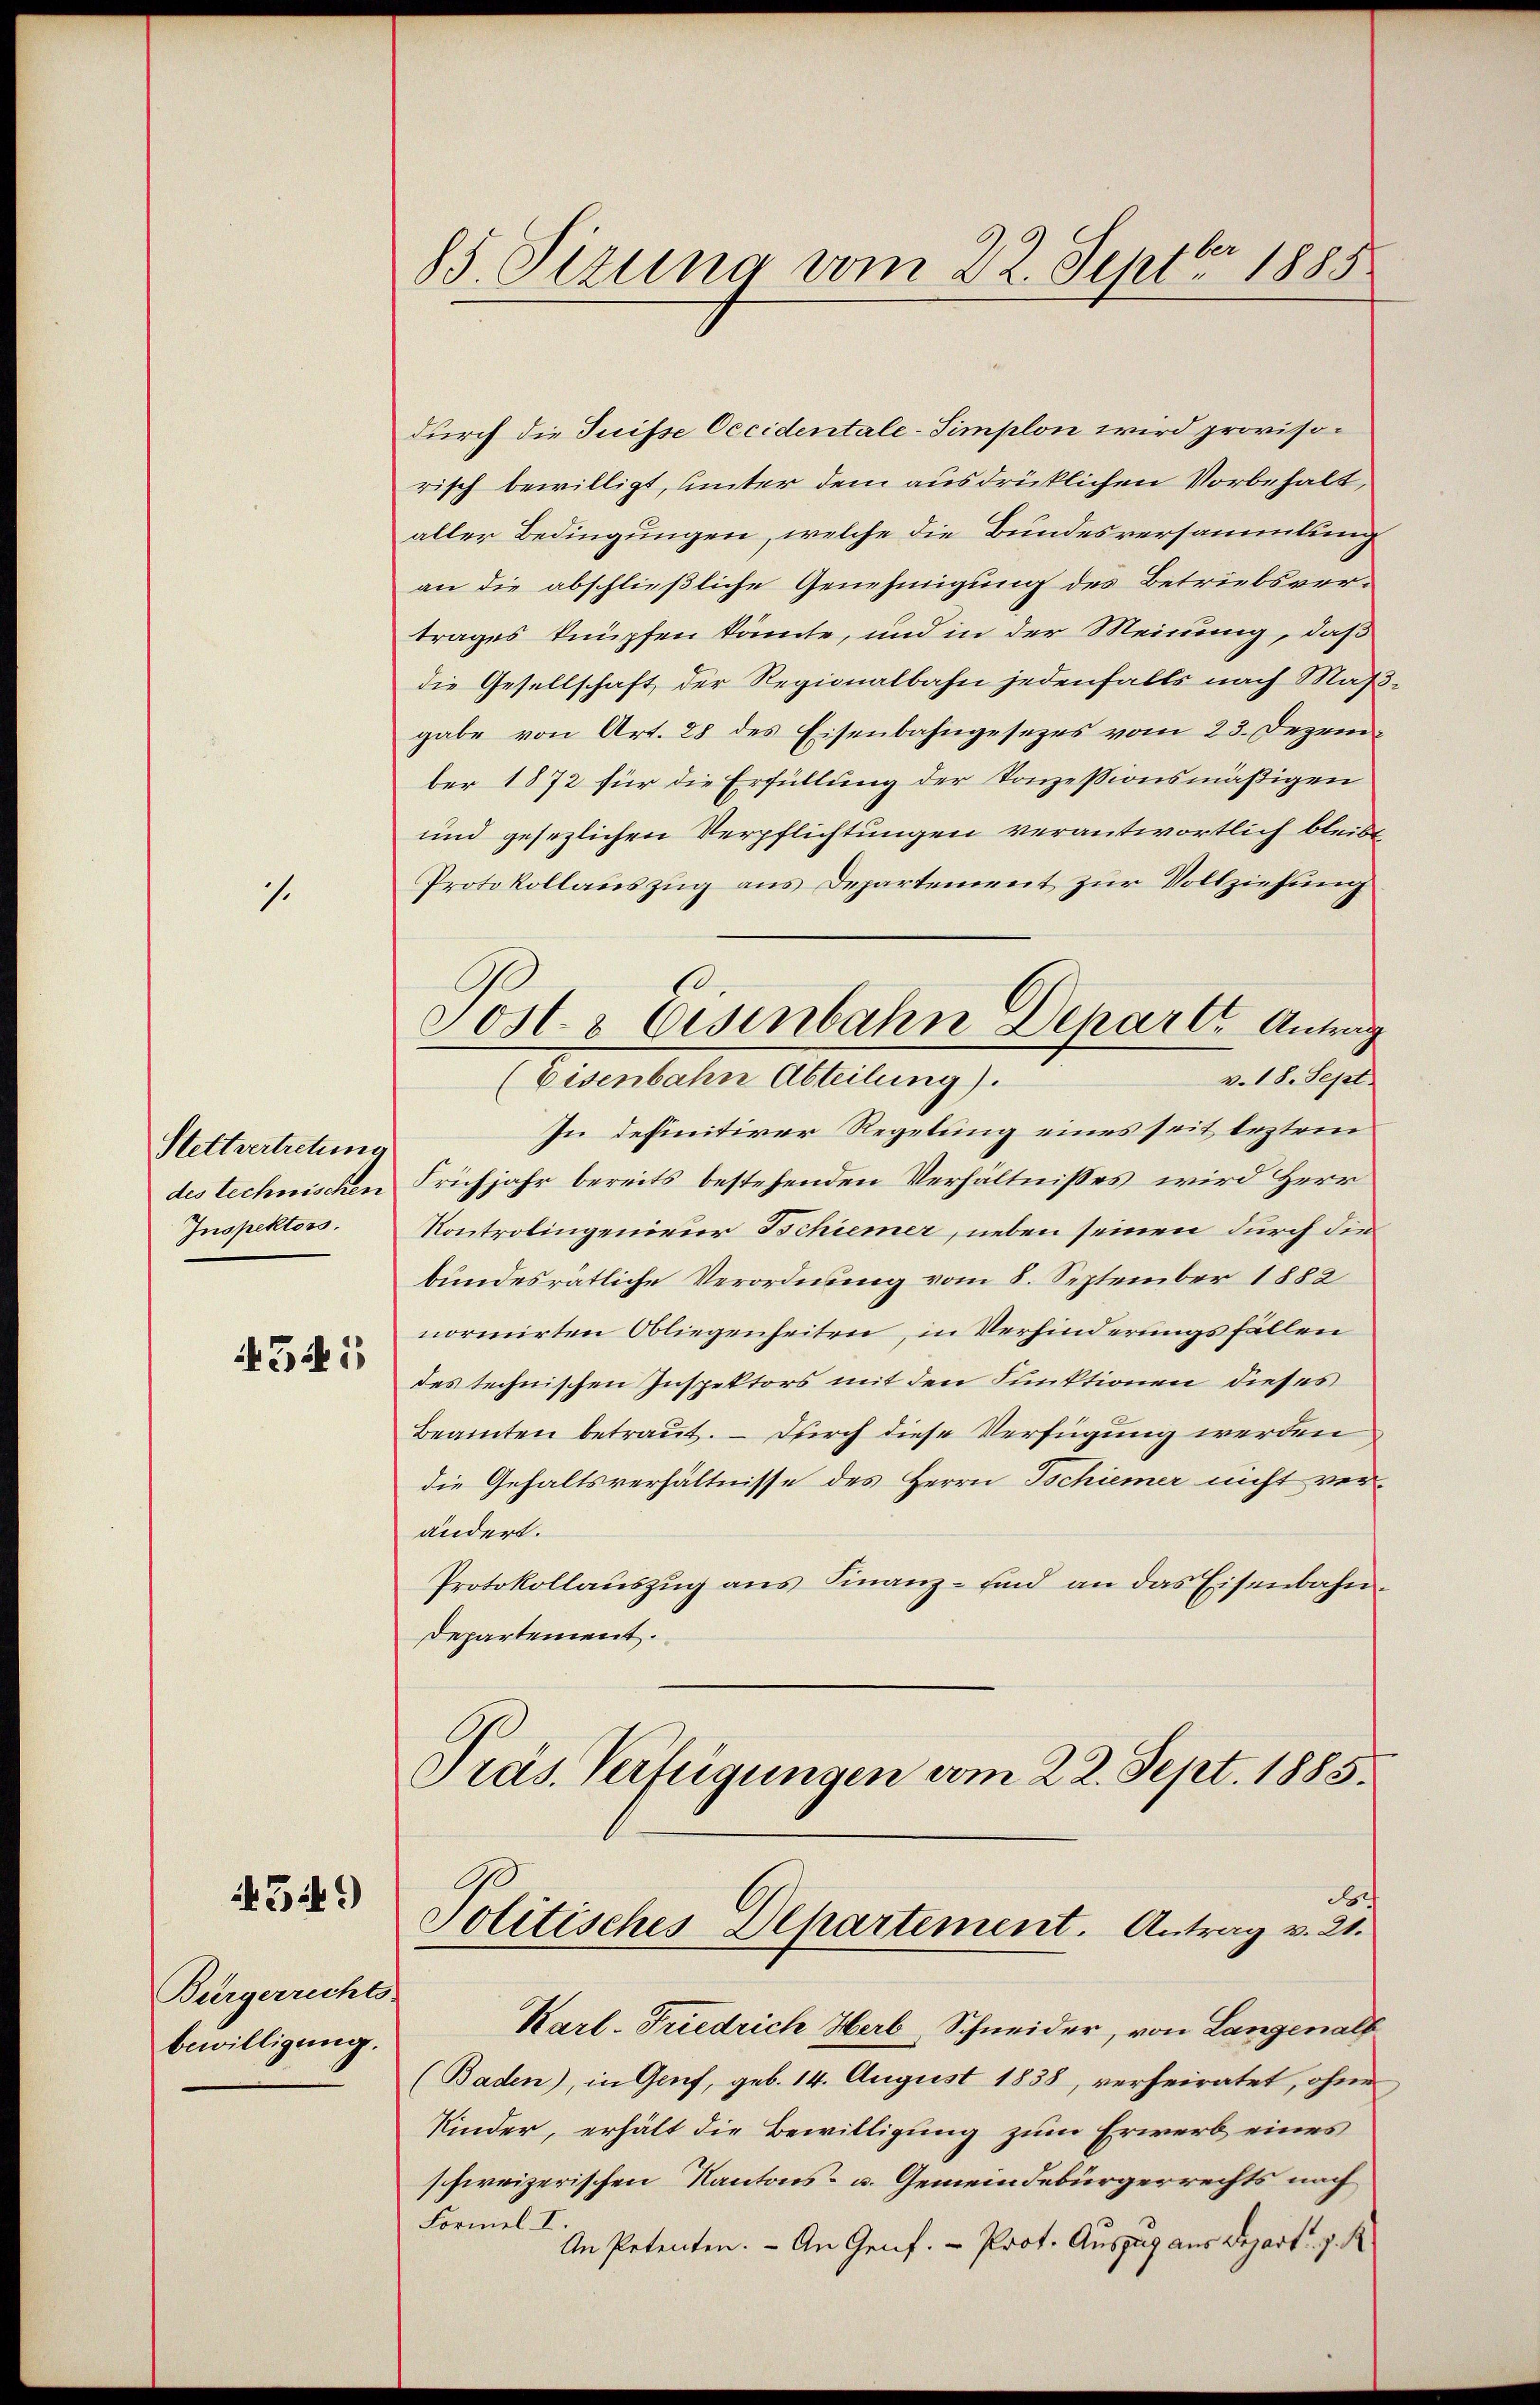
.

Stettvertretung
des technischen
Inspektors.

541

43449

Biergerrechts-
bewilligung.

85. Sizung vom 22. Septbr. 1885

durch die Tuisse Occidentale-Simplon wird provisorisch bewilligt, unter dem ausdrücklichen Vorbehalt,
aller Bedingungen, welche die Bundesversammlung
an die abschließliche Genehmigung des Betriebsver-
trages knüpfen könnte, und in der Meinung, daß
die Gesellschaft der Regionalbahn jedenfalls nach Mas
gabe von Art. 28 des Eisenbahngesezes vom 23. Dezember 1872 für die Erfüllung der Konzessionsmäßigen
und gesezlichen Verpflichtungen verantwortlich bleibt
Protokollauszug aus Departement zur Vollziehung
v. 18. Sept.
In definitiver Regelung eines seit leztem
Frühjahr bereits bestehenden Verhältnisses wird Herr
Kontrolingenieur Schiener, neben seinen durch die
bundesratliche Verordnung vom 8. September 1882
normirten Obliegenheiten, in Verhinderungsfällen
des technischen Inspektors mit den Funktionen dieses
Beamten betraut. — Durch diese Verfügung werden
die Gehaltsverhältnisse des Herrn Tschiemer nicht verändert.
Protokollaŭszŭg ans Finanz- und an das Eisenbahn-
Departement.
Präs. Verfügungen vom 22. Sept. 1885.
d
Politisches Departement. Antrag v. 21.
Karl-Friedrich Herb, Schneider, von Langen all
(Baden), in Genf, geb. 14. August 1838, verheiratet, ohne
Kinder, erhält die Bewilligung zum Erwerb eines
schweizerischen Kantons- u. Gemeindebürgerrechts nach
Formel I.
An Petenten. - An Genf. - Prof. Auszug aus Depart. 7. R

s
Post- & Eisenbahn Depar c. Antrag
(Eisenbahn Abteilung).